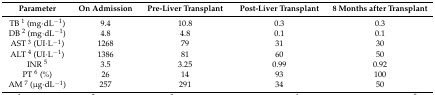
<table><thead><tr><td><b>Parameter</b></td><td><b>On Admission</b></td><td><b>Pre-Liver Transplant</b></td><td><b>Post-Liver Transplant</b></td><td><b>8 Months after Transplant</b></td></tr></thead><tbody><tr><td>TB <sup>1</sup> (mg·dL<sup>−1</sup>)</td><td>9.4</td><td>10.8</td><td>0.3</td><td>0.3</td></tr><tr><td>DB <sup>2</sup> (mg·dL<sup>−1</sup>)</td><td>4.8</td><td>4.8</td><td>0.1</td><td>0.1</td></tr><tr><td>AST <sup>3</sup> (UI·L<sup>−1</sup>)</td><td>1268</td><td>79</td><td>31</td><td>30</td></tr><tr><td>ALT <sup>4</sup> (UI·L<sup>−1</sup>)</td><td>1386</td><td>81</td><td>60</td><td>50</td></tr><tr><td>INR <sup>5</sup></td><td>3.5</td><td>3.25</td><td>0.99</td><td>0.92</td></tr><tr><td>PT <sup>6</sup> (%)</td><td>26</td><td>14</td><td>93</td><td>100</td></tr><tr><td>AM <sup>7</sup> (μg·dL<sup>−1</sup>)</td><td>257</td><td>291</td><td>34</td><td>50</td></tr></tbody></table>